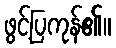
ဖွင့်ပြကုန်၏။